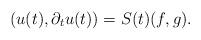
LaTeX: \begin{align*}(u(t), \partial_{t} u(t)) = S(t)(f, g).\end{align*}